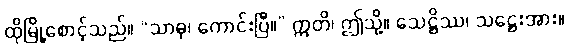
ထိုမြို့စောင့်သည်။ “သာဓု၊ ကောင်းပြီ။” ဣတိ၊ ဤသို့။ သေဋ္ဌိဿ၊ သဋ္ဌေးအား။